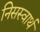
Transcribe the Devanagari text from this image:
निसस्वार्थ